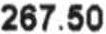
267.50